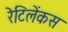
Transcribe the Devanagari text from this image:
रेटिलेंकस